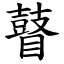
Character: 瞽